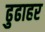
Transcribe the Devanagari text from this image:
ढुढाहर